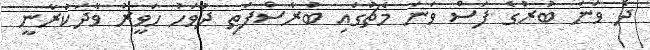
ދެ ވަނަ ބުރުގެ ފަސް ވަނަ މެޗުގައި ބުރާސްފަތި ދުވަހު ހަވީރު ވާދަކުރާނީ